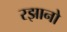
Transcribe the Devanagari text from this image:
रझानो